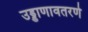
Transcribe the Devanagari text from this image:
उड्डाणावतरणे